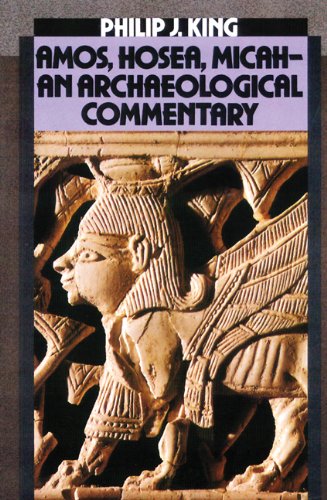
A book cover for Amos, Hosea, Micah: An Archaelogical Commentary; Philip J. King; Christian Books & Bibles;